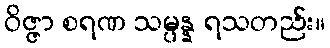
ဝိဇ္ဇာ စရဏ သမ္ပန္န ရသတည်း။